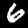
Label: 6